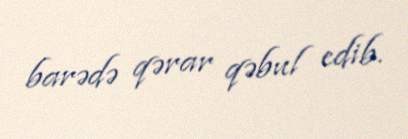
barədə qərar qəbul edib.